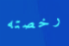
رخصته